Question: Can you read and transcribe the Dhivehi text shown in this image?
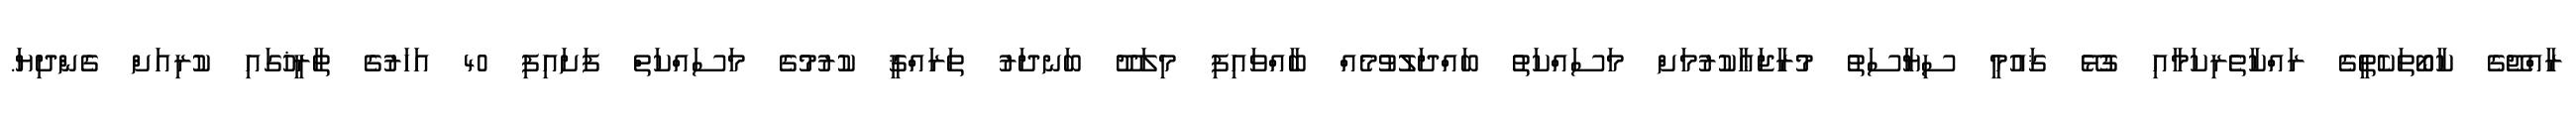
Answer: ރާއްޖޭގެ ކާބޯތަކެތީގެ ރައްކާތެރިކަމާއި ގުޅޭ ޤައުމީ ސިޔާސަތު މުރާޖަޢާކުރުމަށް މަސައްކަތު ބައްދަލުވުމެއް ބާއްވައިފި މިލަދޫ ބަނދަރު ތަރައްޤީ ކުރުމުގެ މަސައްކަތް ފަށައިފި 40 އަހަރުގެ ތާރީޚުގައި ކުރިއަށް ގެންދިޔަ.